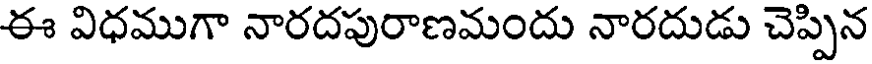
ఈ విధముగా నారదపురాణమందు నారదుడు చెప్పిన